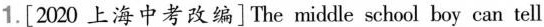
1.[2020 上海中考改编]The middle school boy can tell